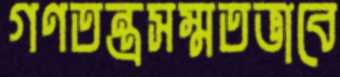
গণতন্ত্রসম্মতভাবে